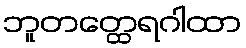
ဘူတတ္ထေရဂါထာ